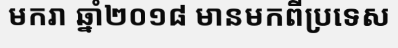
មករា ឆ្នាំ២០១៨ មានមកពីប្រទេស